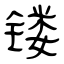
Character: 镂